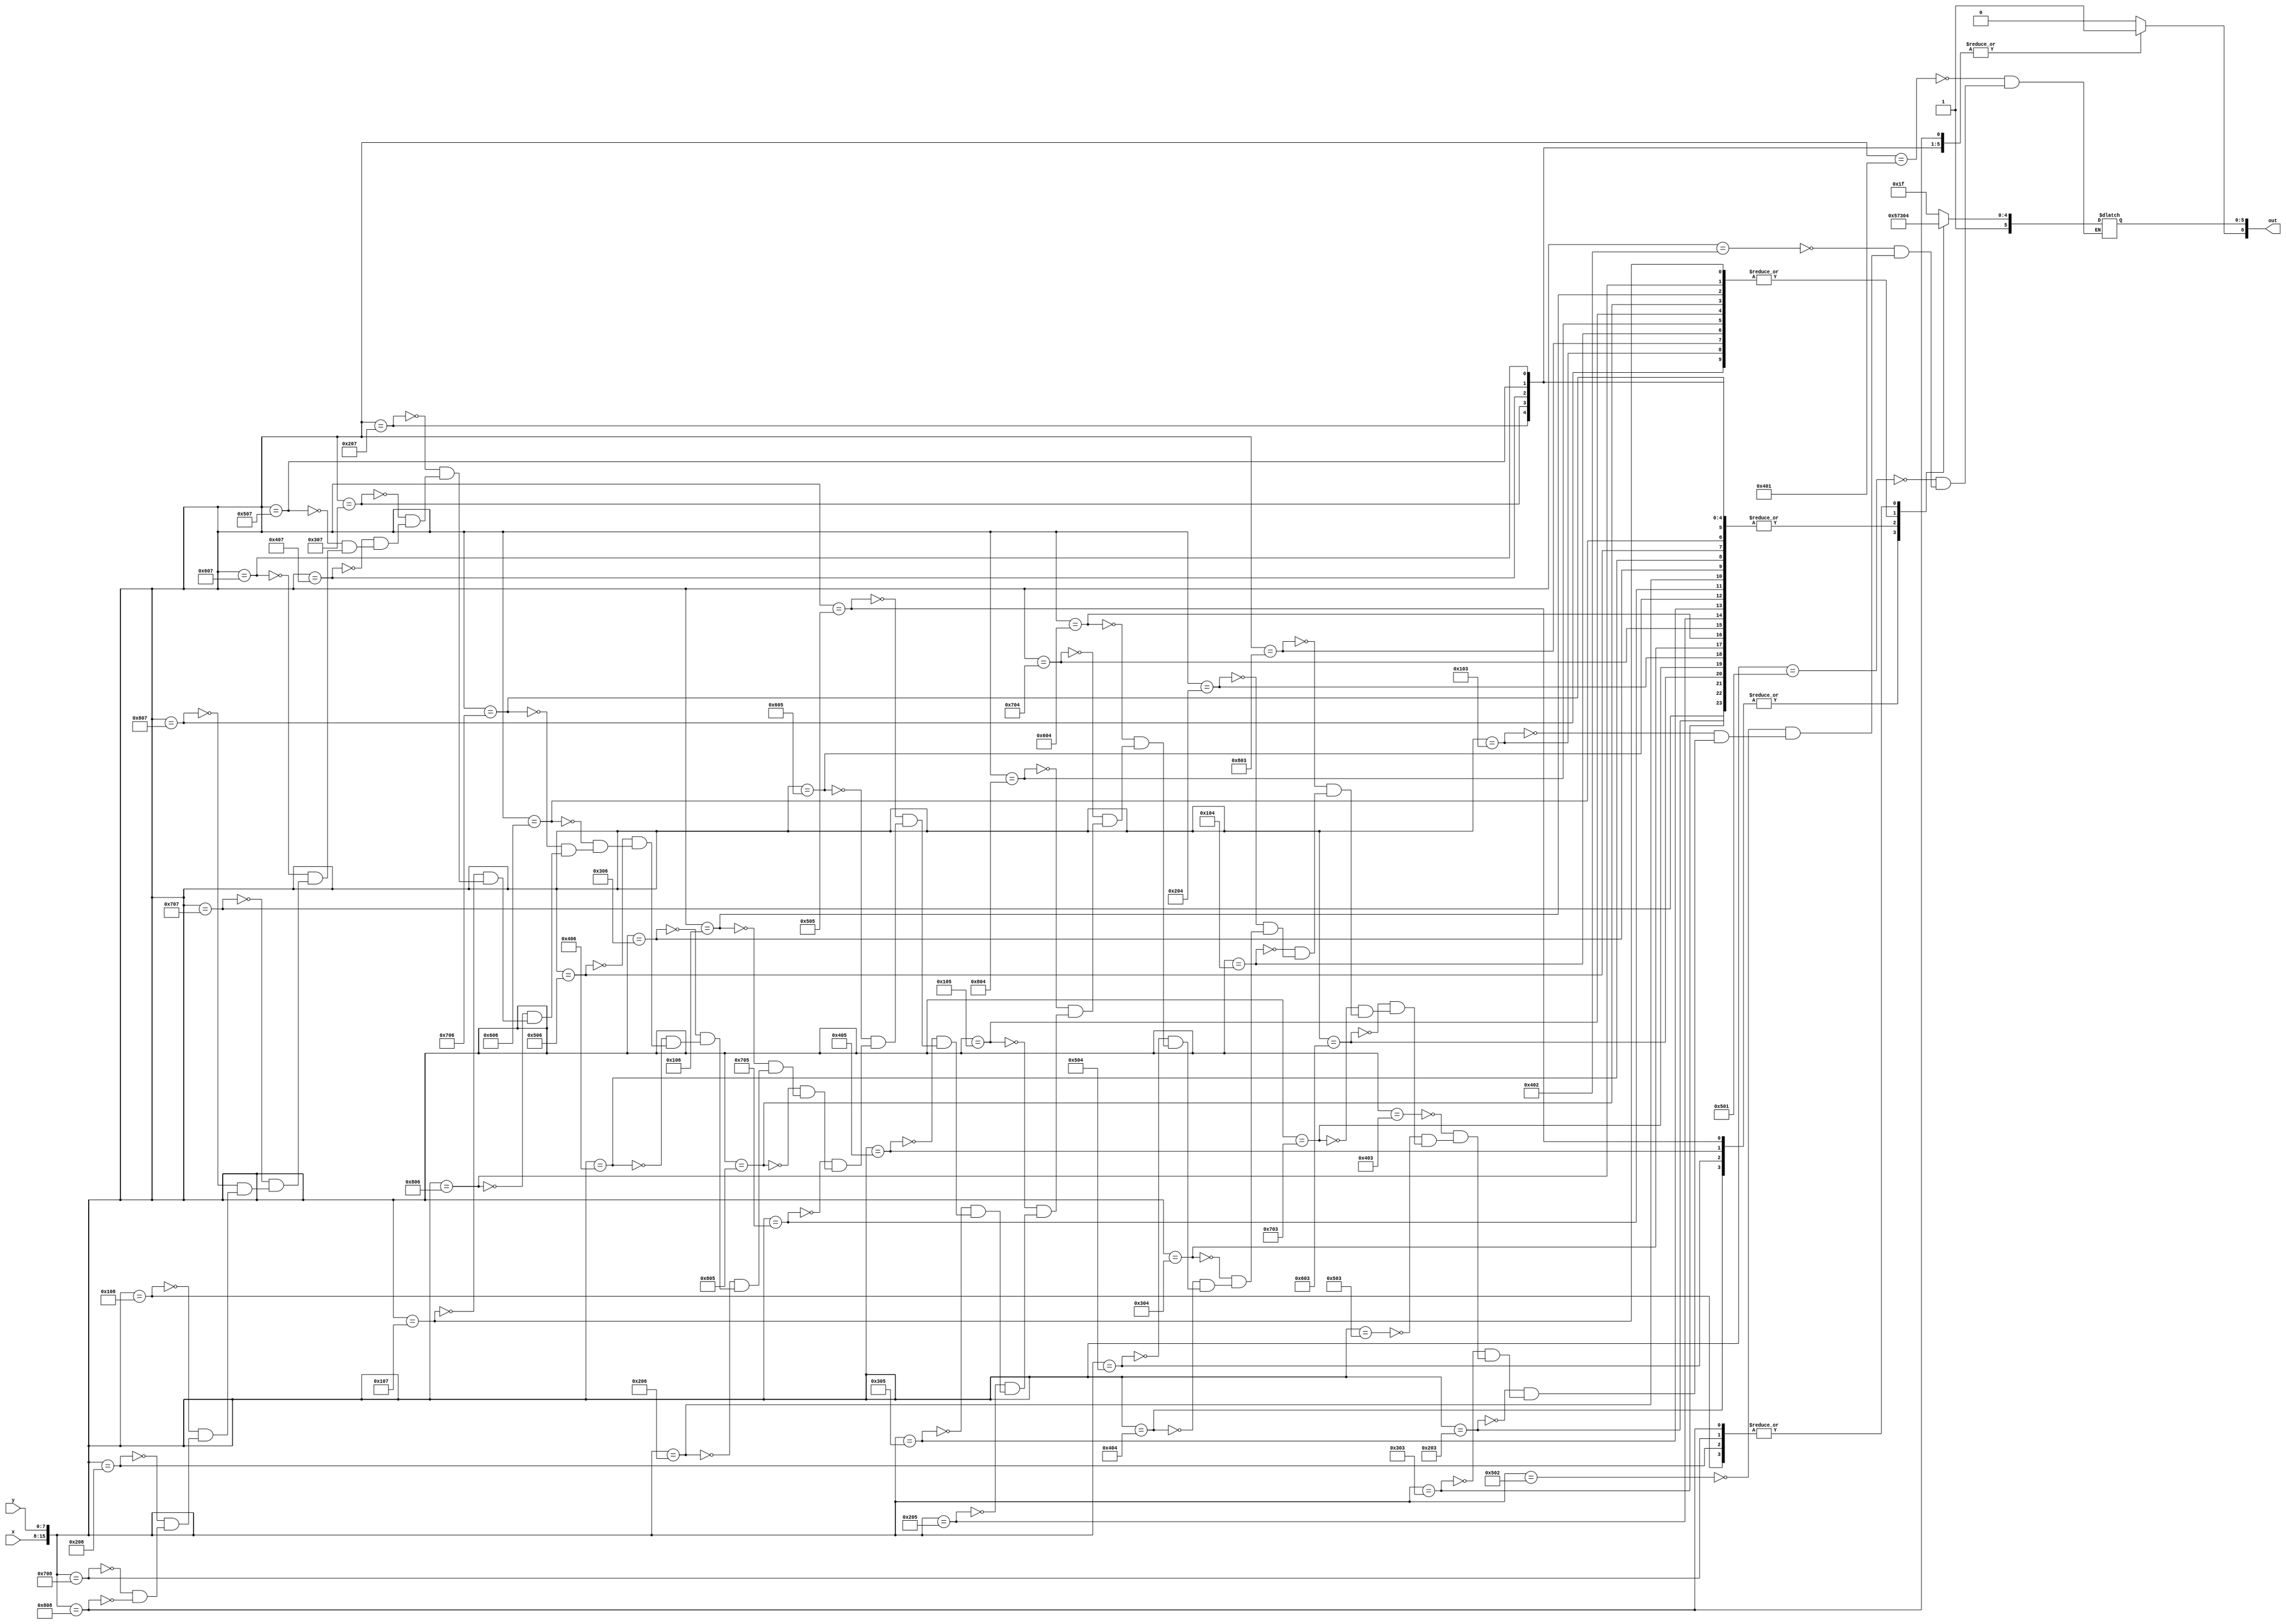
module tank_graphic_lut(x, y, out);
	input [7:0] x;
	input [7:0] y;
	output reg [6:0] out;

	always@(*)
	begin
		out[6] <= 1'b1;
		case({x, y})
			16'h0401: out[5:0] <= 6'b111111;
			16'h0501: out[5:0] <= 6'b111111;
			
			16'h0402: out[5:0] <= 6'b111111;
			16'h0502: out[5:0] <= 6'b111111;
			
			16'h0103: out[5:0] <= 6'b111000;
			16'h0203: out[5:0] <= 6'b111100;
			16'h0303: out[5:0] <= 6'b111100;
			16'h0403: out[5:0] <= 6'b111111;
			16'h0503: out[5:0] <= 6'b111111;
			16'h0603: out[5:0] <= 6'b111100;
			16'h0703: out[5:0] <= 6'b111100;
			16'h0803: out[5:0] <= 6'b111000;
			
			16'h0104: out[5:0] <= 6'b111000;
			16'h0204: out[5:0] <= 6'b111100;
			16'h0304: out[5:0] <= 6'b111100;
			16'h0404: out[5:0] <= 6'b101010;
			16'h0504: out[5:0] <= 6'b101010;
			16'h0604: out[5:0] <= 6'b111100;
			16'h0704: out[5:0] <= 6'b111100;
			16'h0804: out[5:0] <= 6'b111000;
			
			16'h0105: out[5:0] <= 6'b111000;
			16'h0205: out[5:0] <= 6'b111100;
			16'h0305: out[5:0] <= 6'b111100;
			16'h0405: out[5:0] <= 6'b101010;
			16'h0505: out[5:0] <= 6'b101010;
			16'h0605: out[5:0] <= 6'b111100;
			16'h0705: out[5:0] <= 6'b111100;
			16'h0805: out[5:0] <= 6'b111000;
			
			16'h0106: out[5:0] <= 6'b111000;
			16'h0206: out[5:0] <= 6'b111100;
			16'h0306: out[5:0] <= 6'b111100;
			16'h0406: out[5:0] <= 6'b111100;
			16'h0506: out[5:0] <= 6'b111100;
			16'h0606: out[5:0] <= 6'b111100;
			16'h0706: out[5:0] <= 6'b111100;
			16'h0806: out[5:0] <= 6'b111000;
			
			16'h0107: out[5:0] <= 6'b111000;
			16'h0207: out[5:0] <= 6'b111100;
			16'h0307: out[5:0] <= 6'b111100;
			16'h0407: out[5:0] <= 6'b111100;
			16'h0507: out[5:0] <= 6'b111100;
			16'h0607: out[5:0] <= 6'b111100;
			16'h0707: out[5:0] <= 6'b111100;
			16'h0807: out[5:0] <= 6'b111000;
			
			16'h0108: out[5:0] <= 6'b100100;
			16'h0208: out[5:0] <= 6'b100100;
			16'h0708: out[5:0] <= 6'b100100;
			16'h0808: out[5:0] <= 6'b100100;
			
			default: out[6] <= 1'b0;
		endcase
	end
endmodule
module tank_graphic(x, y, flush_x, flush_y, direction, colour, enable);

	input [7:0] x;
	input [7:0] y;
	input [7:0] flush_x;
	input [7:0] flush_y;
	input [1:0] direction;
	output [5:0] colour;
	output enable;
	
	wire [6:0] lut_out;
	
	tank_graphic_lut(flush_x - x, flush_y - y, lut_out);
	
	assign colour = lut_out[5:0];
	assign enable = lut_out[6];
	
endmodule